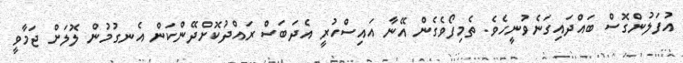
އުފަލުންގޮސް ބައްދައިގަނެވުނީހެވެ. ތެމިފޯވެގެން އޭނާ އައިސްހުރީ އެދަބަސް ރައްދުކޮށްދޭންކަން އެނގުމުން ލޮލަށް ޖަމާވީ